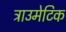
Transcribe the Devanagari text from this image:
ट्राउमेटिक